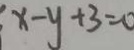
x - y + 3 = 0